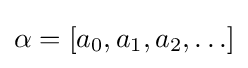
\alpha =[a_{0},a_{1},a_{2},\ldots ]